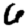
Digit: 6